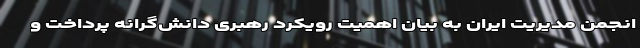
انجمن مدیریت ایران به بیان اهمیت رویکرد رهبری دانش‌گرانه پرداخت و